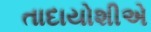
તાદાયોશીએ